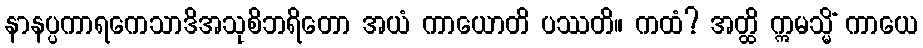
နာနပ္ပကာရကေသာဒိအသုစိဘရိတော အယံ ကာယောတိ ပဿတိ။ ကထံ? အတ္ထိ ဣမသ္မိံ ကာယေ